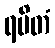
ရမိတံ